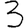
Digit: 3